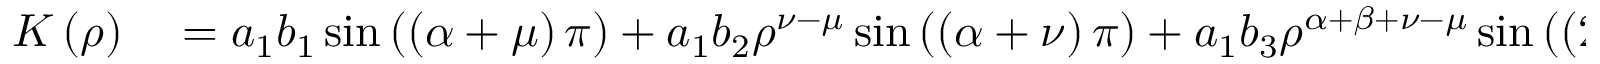
\begin{array} { r l } { K \left( \rho \right) } & { { } = a _ { 1 } b _ { 1 } \sin \left( \left( \alpha + \mu \right) \pi \right) + a _ { 1 } b _ { 2 } \rho ^ { \nu - \mu } \sin \left( \left( \alpha + \nu \right) \pi \right) + a _ { 1 } b _ { 3 } \rho ^ { \alpha + \beta + \nu - \mu } \sin \left( \left( 2 \alpha + \beta + \nu \right) \pi \right) } \end{array}